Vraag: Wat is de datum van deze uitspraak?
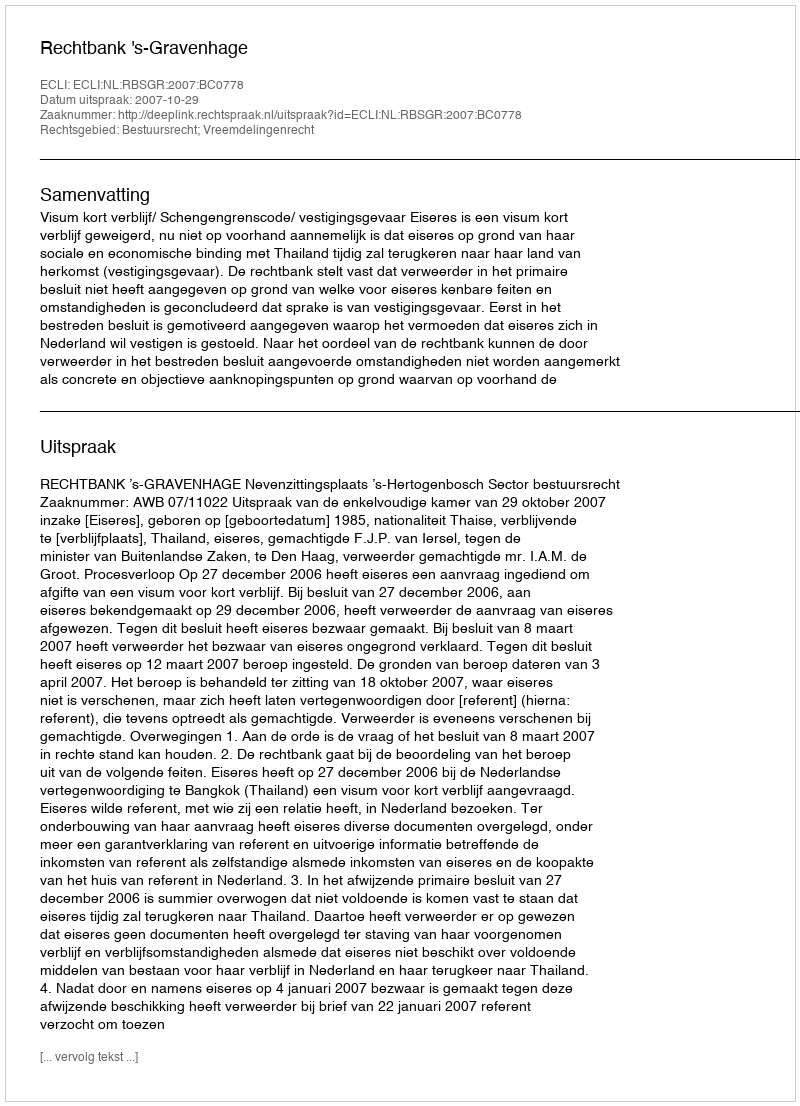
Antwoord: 2007-10-29